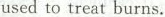
used to treat burns.